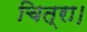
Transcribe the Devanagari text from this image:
चित्रा।